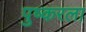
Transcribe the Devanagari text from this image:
पुष्करला